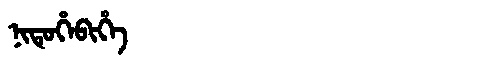
Manchu: ᠨᡳᡨᡠᡥᡝᠪᡳᡥᡝ
Romanization: NITUHEBIHE